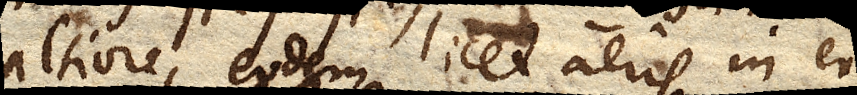
altiore, eodem licet aeris in eo